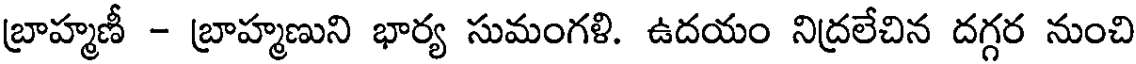
బ్రాహ్మణీ - బ్రాహ్మణుని భార్య సుమంగళి. ఉదయం నిద్రలేచిన దగ్గర నుంచి